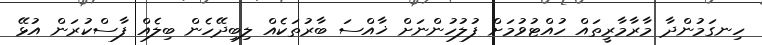
ހިނގަމުންދާ މާރާމާރީތައް ހުއްޓުވުމަށް ފުލުހުންނަށް ޚާއްސަ ބާރުތަކެއް ލިބިދޭހެން ބިލެއް ފާސްކުރަން އުޅޭ